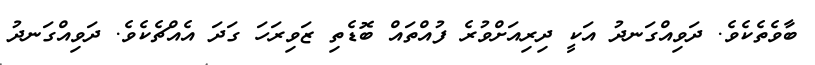
ބާވެތެކެވެ. ދަވިއްގަނދު އަކީ ދިރިއަށްވުރެ ފުއްތައް ބޮޑެތި ޒަވިރަހަ ގަދަ އެއްޗެކެވެ. ދަވިއްގަނދު